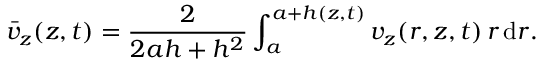
\bar { v } _ { z } ( z , t ) = \frac { 2 } { 2 a h + h ^ { 2 } } \int _ { a } ^ { a + h ( z , t ) } v _ { z } ( r , z , t ) \, r \, \mathrm { d } r .